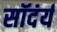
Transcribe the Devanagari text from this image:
सॉदंर्य